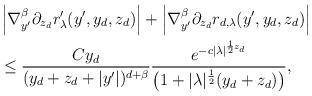
LaTeX: \begin{align*}& \left|\nabla_{y'}^\beta \partial_{z_d} r'_\lambda(y',y_d,z_d)\right|+\left|\nabla_{y'}^\beta \partial_{z_d} r_{d,\lambda}(y',y_d,z_d)\right| \\& \leq \frac{Cy_d}{(y_d + z_d +|y'|)^{d+\beta}}\frac{e^{-c|\lambda|^{\frac 12 z_d}}}{\big (1+|\lambda|^{\frac 12}(y_d+z_d)\big )},\end{align*}